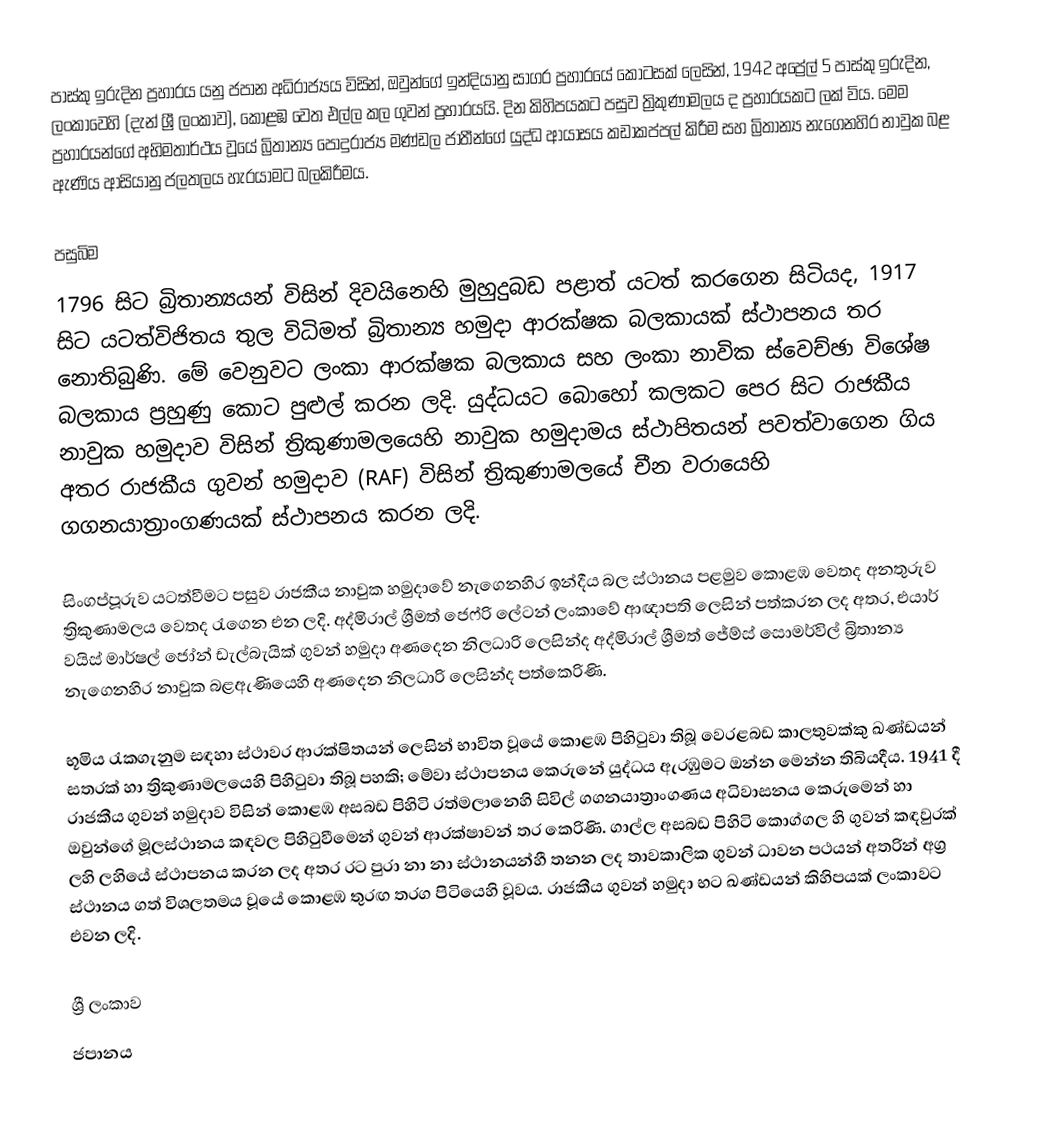
පාස්කු ඉරුදින ප්‍රහාරය යනු ජපාන අධිරාජ්‍යය විසින්,  ඔවුන්ගේ ඉන්දියානු සාගර ප්‍රහාරයේ කොටසක් ලෙසින්, 1942 අප්‍රේල් 5 පාස්කු ඉරුදින,  ලංකාවෙහි (දැන් ශ්‍රී ලංකාව), කොළඹ වෙත එල්ල කල ගුවන් ප්‍රහාරයයි. දින කිහිපයකට පසුව ත්‍රිකුණාමලය ද ප්‍රහාරයකට ලක් විය. මෙම ප්‍රහාරයන්ගේ අභිමතාර්ථය වූයේ  බ්‍රිතාන්‍ය පොදුරාජ්‍ය මණ්ඩල ජාතීන්ගේ යුද්ධ ආයාසය කඩාකප්පල් කිරීම සහ බ්‍රිතාන්‍ය නැගෙනහිර නාවුක බළ ඇණිය ආසියානු ජලතලය හැරයාමට බලකිරීමය.

පසුබිම
1796 සිට බ්‍රිතාන්‍යයන් විසින් දිවයිනෙහි මුහුදුබඩ පළාත් යටත් කරගෙන සිටියද, 1917 සිට යටත්විජිතය තුල විධිමත් බ්‍රිතාන්‍ය හමුදා ආරක්ෂක බලකායක් ස්ථාපනය තර නොතිබුණි. මේ වෙනුවට ලංකා ආරක්ෂක බලකාය සහ ලංකා නාවික ස්වෙච්ඡා විශේෂ බලකාය ප්‍රහුණු කොට පුළුල් කරන ලදි. යුද්ධයට බොහෝ කලකට පෙර සිට රාජකීය නාවුක හමුදාව විසින් ත්‍රිකුණාමලයෙහි නාවුක හමුදාමය ස්ථාපිතයන් පවත්වාගෙන ගිය අතර  රාජකීය ගුවන් හමුදාව (RAF) විසින්  ත්‍රිකුණාමලයේ චීන වරායෙහි ගගනයාත්‍රාංගණයක් ස්ථාපනය කරන ලදි.

සිංගප්පූරුව යටත්වීමට පසුව රාජකීය නාවුක හමුදාවේ  නැගෙනහිර ඉන්දීය බල ස්ථානය පළමුව  කොළඹ වෙතද අනතුරුව  ත්‍රිකුණාමලය වෙතද රැගෙන එන ලදි. අද්මිරාල් ශ්‍රීමත් ජෙෆ්රි ලේටන් ලංකාවේ ආඥාපති ලෙසින් පත්කරන ලද අතර,  එයාර් වයිස් මාර්ෂල් ජෝන්  ඩැල්බැයික් ගුවන් හමුදා අණදෙන නිලධාරි ලෙසින්ද අද්මිරාල් ශ්‍රීමත් ජේම්ස් සොමර්විල්  බ්‍රිතාන්‍ය නැගෙනහිර  නාවුක බළඇණියෙහි අණදෙන නිලධාරි ලෙසින්ද පත්කෙරිණි.

භූමිය රැකගැනුම සඳහා ස්ථාවර ආරක්ෂිතයන් ලෙසින් භාවිත වූයේ කොළඹ පිහිටුවා තිබූ වෙරළබඩ  කාලතුවක්කු ඛණ්ඩයන් සතරක් හා ත්‍රිකුණාමලයෙහි පිහිටුවා තිබූ පහකි; මේවා ස්ථාපනය කෙරුනේ  යුද්ධය ඇරඹුමට ඔන්න මෙන්න තිබියදීය. 1941 දී  රාජකීය ගුවන් හමුදාව විසින් කොළඹ අසබඩ පිහිටි  රත්මලානෙහි සිවිල් ගගනයාත්‍රාංගණය  අධිවාසනය කෙරුමෙන් හා ඔවුන්ගේ මූලස්ථානය කඳවල පිහිටුවීමෙන් ගුවන් ආරක්ෂාවන් තර කෙරිණි. ගාල්ල අසබඩ පිහිටි කොග්ගල හි ගුවන් කඳවුරක් ලහි ලහියේ ස්ථාපනය කරන ලද අතර රට පුරා නා නා ස්ථානයන්හී තනන ලද තාවකාලික ගුවන් ධාවන පථයන් අතරින් අග්‍ර ස්ථානය ගත් විශලතමය වූයේ   කොළඹ තුරඟ තරග පිටියෙහි වූවය. රාජකීය ගුවන් හමුදා භට ඛණ්ඩයන් කිහිපයක් ලංකාවට එවන ලදි.

ශ්‍රී ලංකාව
ජපානය